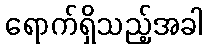
ရောက်ရှိသည့်အခါ